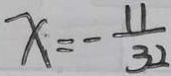
x = - \frac { 1 1 } { 3 2 }